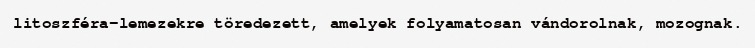
litoszféra-lemezekre töredezett, amelyek folyamatosan vándorolnak, mozognak.